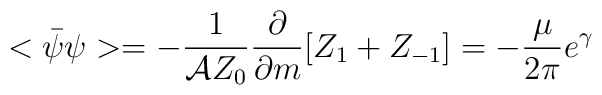
<\bar{\psi}\psi> = -\frac{1}{{\cal A}Z_0} \frac{\partial}{\partial m}[Z_1+ Z_{-1}] =- \frac{\mu}{2\pi}e^{\gamma}